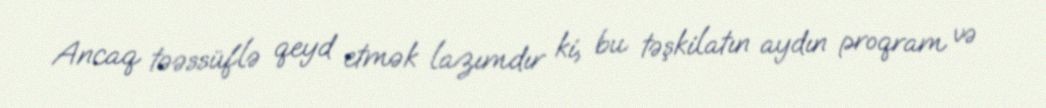
Ancaq təəssüflə qeyd etmək lazımdır ki, bu təşkilatın aydın proqram və